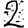
Digit: 2